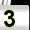
Digit: 3